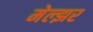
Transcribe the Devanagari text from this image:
मेल्झर